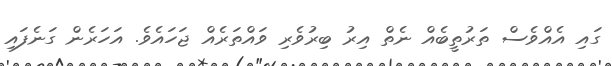
ގައި އެއްވެސް ތަރުތީބެއް ނެތް އިރު ބިރުވެރި ވައްތަރެއް ޖަހައެވެ. އަހަރެން ގަނެފައި